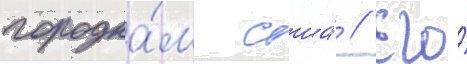
городка́м сша́ // Его́